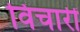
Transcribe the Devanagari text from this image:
विचारीं